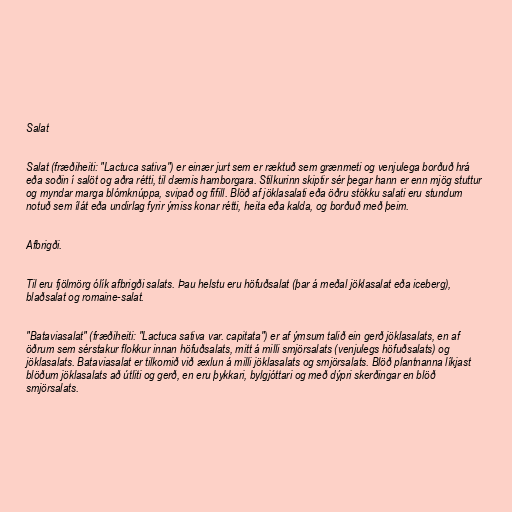
Salat

Salat (fræðiheiti: "Lactuca sativa") er einær jurt sem er ræktuð sem grænmeti og venjulega borðuð hrá
eða soðin í salöt og aðra rétti, til dæmis hamborgara. Stilkurinn skiptir sér þegar hann er enn mjög stuttur
og myndar marga blómknúppa, svipað og fífill. Blöð af jöklasalati eða öðru stökku salati eru stundum
notuð sem ílát eða undirlag fyrir ýmiss konar rétti, heita eða kalda, og borðuð með þeim.

Afbrigði.

Til eru fjölmörg ólík afbrigði salats. Þau helstu eru höfuðsalat (þar á meðal jöklasalat eða iceberg),
blaðsalat og romaine-salat.

"Bataviasalat" (fræðiheiti: "Lactuca sativa var. capitata") er af ýmsum talið ein gerð jöklasalats, en af
öðrum sem sérstakur flokkur innan höfuðsalats, mitt á milli smjörsalats (venjulegs höfuðsalats) og
jöklasalats. Bataviasalat er tilkomið við æxlun á milli jöklasalats og smjörsalats. Blöð plantnanna líkjast
blöðum jöklasalats að útliti og gerð, en eru þykkari, bylgjóttari og með dýpri skerðingar en blöð
smjörsalats.